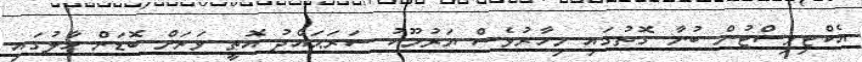
އެކްޓިވިސްޓުން ބުނާ ގޮތުގައި މިހާރުވެސް ޔަރުމޫކު ސަރަޙައްދު އޮތީ ވަރަށް ބޮޑަށް ހާލުގައި